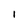
Character: i